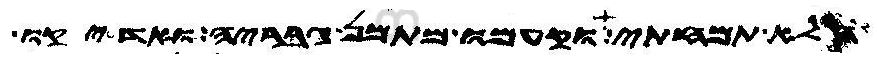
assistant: הלא תמחתי וקעמו מתמן גבריה ואדיקו